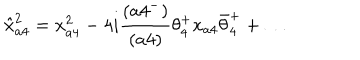
\hat { x } _ { a 4 } ^ { 2 } = x _ { a 4 } ^ { 2 } - 4 i { \frac { ( a 4 ^ { - } ) } { ( a 4 ) } } \theta _ { 4 } ^ { + } x _ { a 4 } \bar { \theta } _ { 4 } ^ { + } + \ldots